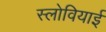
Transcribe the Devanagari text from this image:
स्लोवियाई